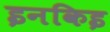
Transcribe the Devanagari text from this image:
इनकिइ